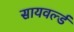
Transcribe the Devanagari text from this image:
सायवर्ल्ड